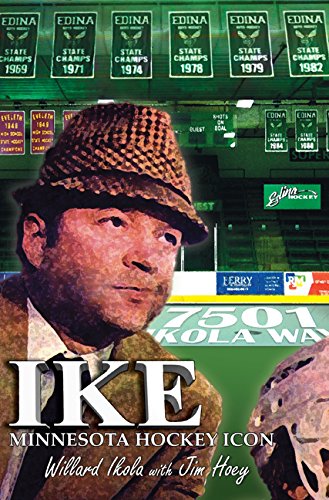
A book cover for Ike: Minnesota Hockey Legend; Willard Ikola; Sports & Outdoors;